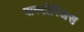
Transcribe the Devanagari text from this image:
पास्टोरिअस